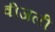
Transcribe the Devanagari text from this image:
वीजली